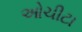
ઓચીટા